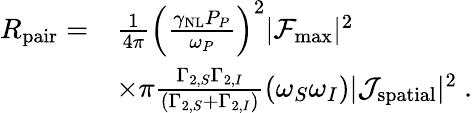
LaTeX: \begin{array}{rl}{R_{\mathrm{pair}}=}&{\frac{1}{4\pi}\left(\frac{\gamma_{\mathrm{NL}}P_{P}}{\omega_{P}}\right)^{2}|\mathcal{F}_{\mathrm{max}}|^{2}}\\ &{\times\pi\frac{\Gamma_{2,S}\Gamma_{2,I}}{\left(\Gamma_{2,S}+\Gamma_{2,I}\right)}\left(\omega_{S}\omega_{I}\right)|\mathcal{J}_{\mathrm{spatial}}|^{2}\ .}\end{array}